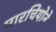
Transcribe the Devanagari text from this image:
मारचियोने